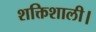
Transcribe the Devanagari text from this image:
शक्तिशाली।